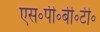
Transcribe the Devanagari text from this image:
एस॰पी॰बी॰टी॰